Tezpur Lunatic Asylum reports 1877-1894 - 1877-1894
Year: 1877
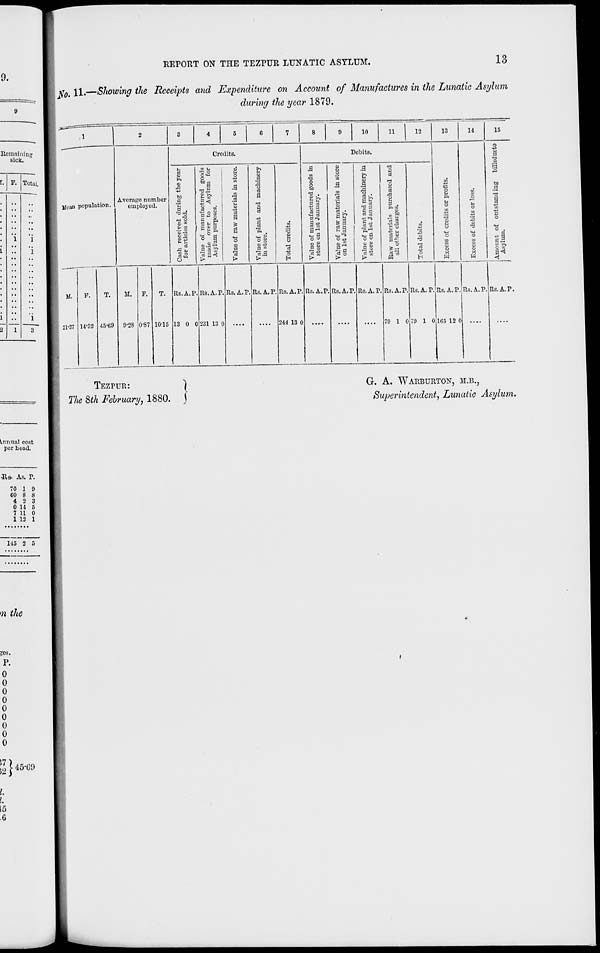
REPORT ON TIIE TEZPUR LUNATIC ASYLUM.
13
fio. ll«—Showing the Receipts and Expenditure on Account of Manufactures in the Lunatic Asylum
during the year 1879.
10
li
12
Mean population.
Average number
employed.
Credits.
a
%
£
to
.3 g
| .
S3 El a
w g
6*
>a o
5<H
O
8 >>
1
1*1
fc ft
o §
■ si 3
i-
.9
s
is
0)
■g Si
g E
"3.3
o
H
Debits.
.3
•a
o
o
bo
"3 .
g&
« a
3 9
o 3
£■
to
.3
"3
a
Si
II
O-u.
Is
.9
b
.3
If
ft~
O O
-3
C3
cJ a>
o
I-
a
"3
O
13
o
14
M
15
0
t3
n3
to
0
o
c3
-5
M.
3V37
F.
14-32 45-60
M.
9-28 0-87 10-15
Rs.A.P.
13 0 0
Rs.A.P.
231 13 0
Rs.A.P. Rs. A. P, Rs.A.P.
244 13 0
Rs.A.P, Rs.A.P. Rs.A.P, RS.A.P,
f9 1 0
R3.A.P.
0 10
Rs.A.P.
1G5 12 0
Rs.AP Rs.AP.
^.tinunl cost
per bead.
•Ha- As. P.
70 1
CO 8
4 2
0 14
7 11
1 12
9
8
3
5
0
1
145 2 0
TEZPUR:
)
The 8th February, 1880. J
G. A. WARBURTON, M.B.,
Superintendent, Lunatic Asylum.